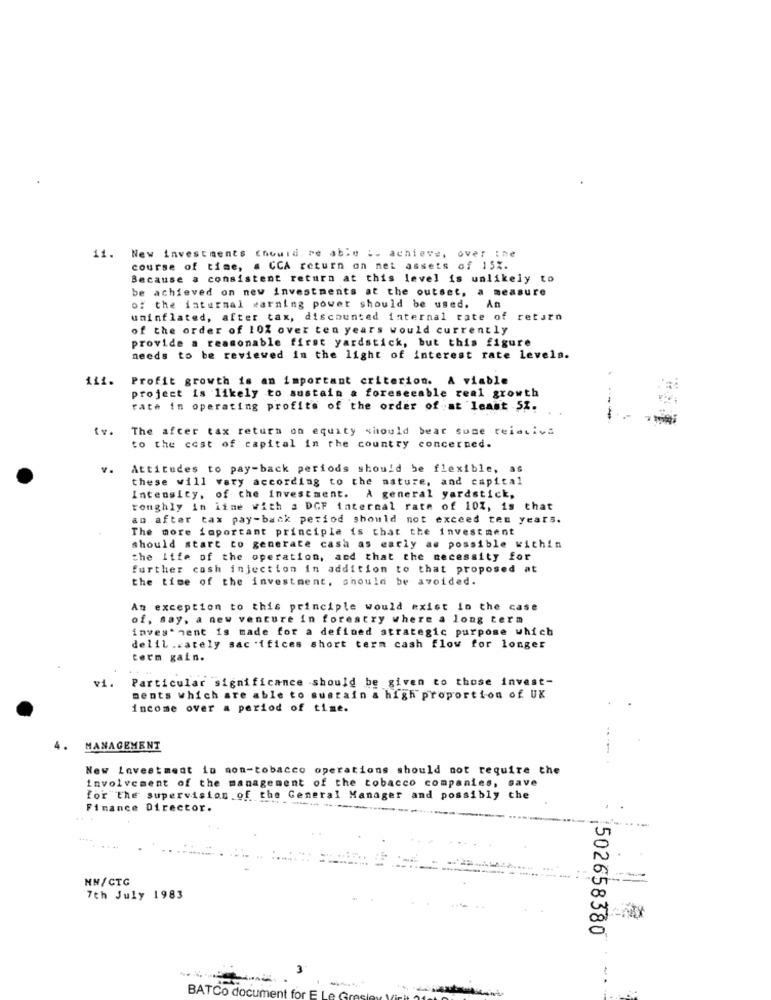
11. New investments chouid ro able :. achieve, over the
course of time, a CCA return on net assets of 15%.
Because a consistent return at this level is unlikely to
be achieved on new investments at the outset, a measure
of the internal warning powet should be used. An
uninflated, after tax, discounted internal rate of return
of the order of 10% over ten years would currently
provide a reasonable first yardstick, but this figure
needs to be reviewed in the light of interest rate levels.
111.
Profit growth is an important criterion. A viable
project is likely to sustain a foreseeable real growth
rath in operating profits of the order of at least .51.
iv.
The after tax return on equity should bear sume relativa
to the cost of capital in the country concerned.
Attitudes to pay-back periods should be flexible, as
these will vary according to the nature, and capital
Intensity, of the investment. A general yardstick,
roughly in iine with a DGF internal rate of 10%, is that
an after tax pay-back period should not exceed ten years.
The more important principle is that the investment
should start to generate casa as early as possible within
the life of the operation, and that the necessity for
further cosh injection in addition to that proposed at
the time of the investment, should be avoided.
An exception to this principle would exist in the case
of, say, a new venture in forestry where a long term
investment is made for a defined strategic purpose which
delil .cately sac .ifices short term cash flow for longer
term gain.
Particular significance should be given to those invest-
ments which are able to sustain a high proportion of UK
income over a period of time.
MANAGEMENT
--
New Investment in non-tobacco operations should not require the
involvement of the management of the tobacco companies, save
for the supervision of the General Manager and possibly the
Finance Director.
NN/CTG
7th July 1983
502658380
BATCo document for EL